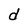
Character: d